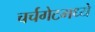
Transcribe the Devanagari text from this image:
चर्चगेटमध्ये